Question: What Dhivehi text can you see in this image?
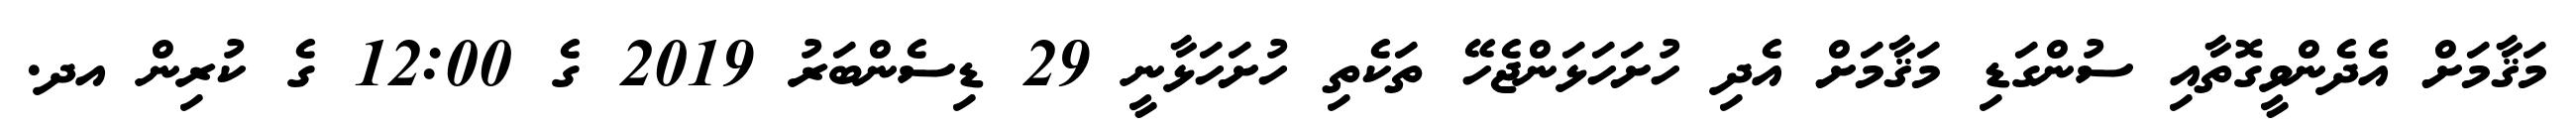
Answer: މަޤާމަށް އެދެންވީގޮތާއި ސުންގަޑި މަޤާމަށް އެދި ހުށަހަޅަންޖެހޭ ތަކެތި ހުށަހަޅާނީ 29 ޑިސެންބަރު 2019 ގެ 12:00 ގެ ކުރިން އދ.